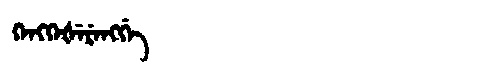
Manchu: ᡴᡝᠩᡴᡝᡧᡝᡵᡝᠩᡤᡝ
Romanization: KENGKEŠERENGGE